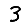
Digit: 3